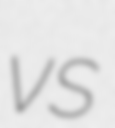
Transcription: vs